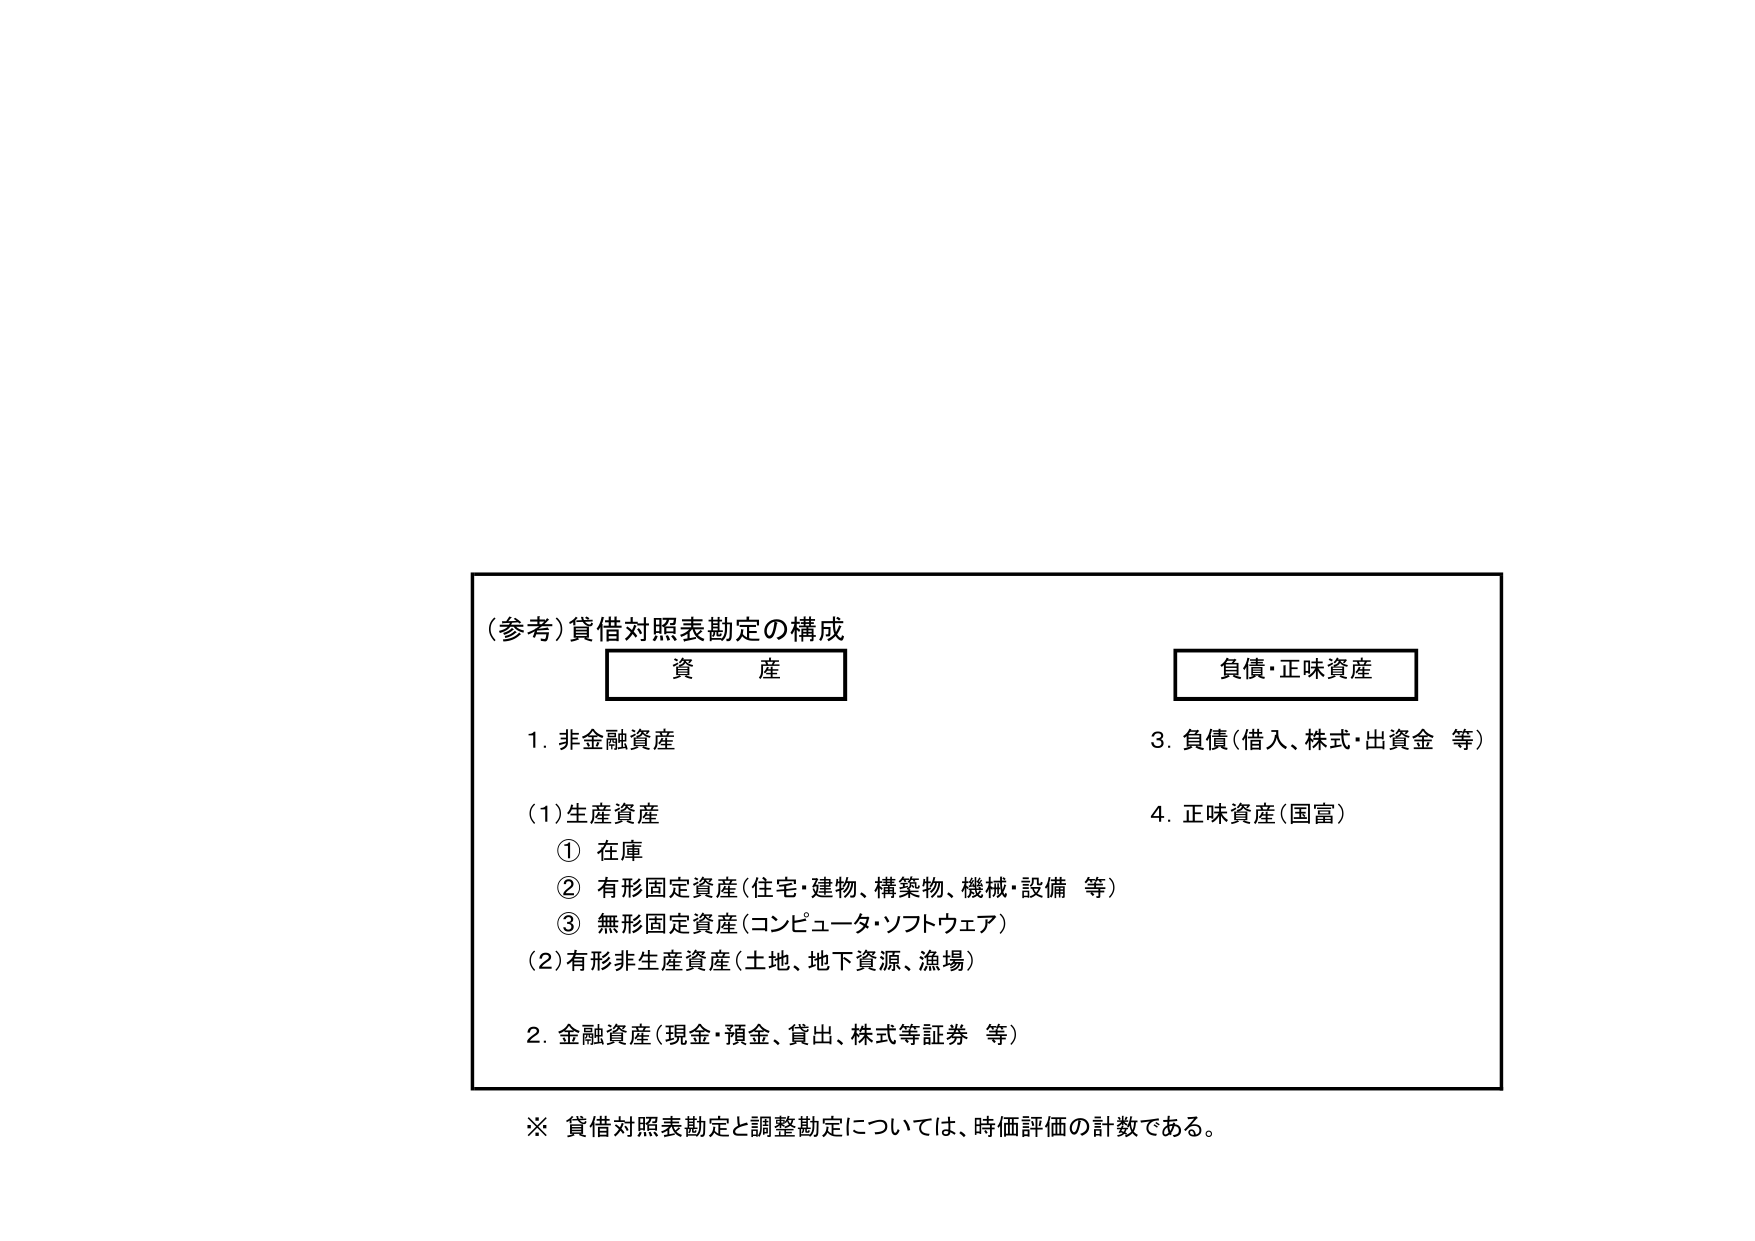
(参考)貸借対照表勘定の構成
資産
1. 非金融資産
　(1) 生産資産
　　① 在庫
　　② 有形固定資産（住宅・建物、構築物、機械・設備 等）
　　③ 無形固定資産（コンピュータ・ソフトウェア）
　(2) 有形非生産資産（土地、地下資源、漁場）
2. 金融資産（現金・預金、貸出、株式等証券 等）

負債・正味資産
3. 負債（借入、株式・出資金 等）
4. 正味資産（国富）

※ 貸借対照表勘定と調整勘定については、時価評価の計数である。